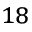
^ { 1 8 }